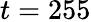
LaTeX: t=255